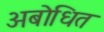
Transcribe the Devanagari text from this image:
अबोधित